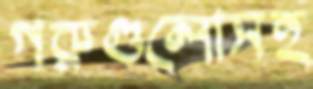
গরুগুলোসহ